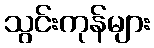
သွင်းကုန်များ